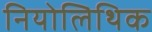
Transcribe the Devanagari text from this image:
नियोलिथिक